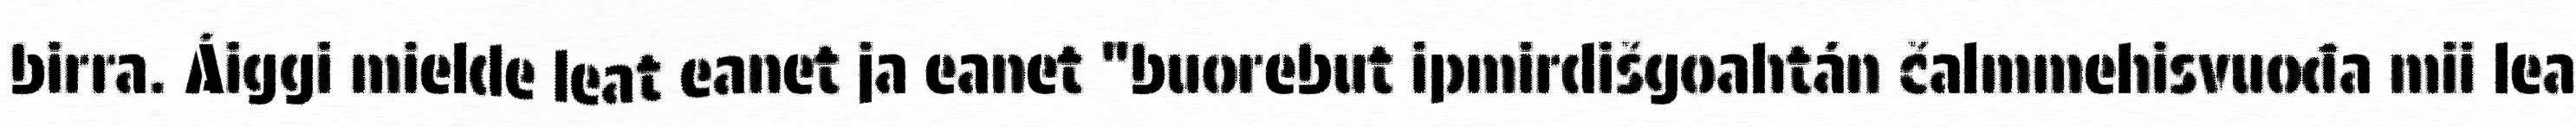
birra. Áiggi mielde leat eanet ja eanet "buorebut ipmirdišgoahtán čalmmehisvuođa mii lea